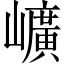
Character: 𡾇